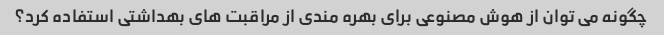
چگونه می توان از هوش مصنوعی برای بهره مندی از مراقبت های بهداشتی استفاده کرد؟